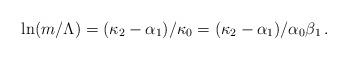
LaTeX: \begin{align*}\ln (m/\Lambda) = (\kappa_2 - \alpha_1)/\kappa_0 = (\kappa_2 -\alpha_1) / \alpha_0 \beta_1 \, .\end{align*}